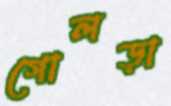
গোলড়া